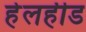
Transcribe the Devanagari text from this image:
हेलहीड